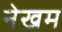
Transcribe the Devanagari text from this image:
नेखम